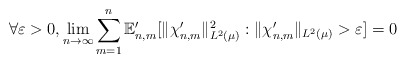
\begin{align*} \forall \varepsilon > 0, \lim_{n \to \infty} \sum_{m=1}^n \mathbb{E}_{n,m}' [ \|\chi_{n,m}' \|_{L^2(\mu)}^2 : \|\chi_{n,m}' \|_{L^2( \mu)} > \varepsilon ] = 0 \end{align*}